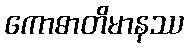
ကောဓာတိမာနဿ